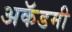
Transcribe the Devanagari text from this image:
अकॅडमी